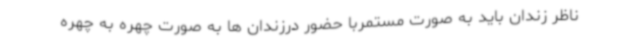
ناظر زندان باید به صورت مستمربا حضور درزندان ها به صورت چهره به چهره